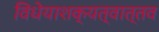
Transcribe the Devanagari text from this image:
विधेयाशक्यत्वात्तव